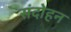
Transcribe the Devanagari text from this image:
संदोहन